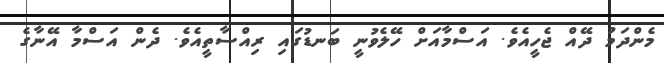
މެންދަމު ދޭއް ޖެހީއެވެ. އަސްމާއަށް ހޭލެވުނީ ބަނޑުގައި ރިއްސާތީއެވެ. ދެން އަސްމާ އޭނާގެ